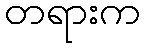
တရားက